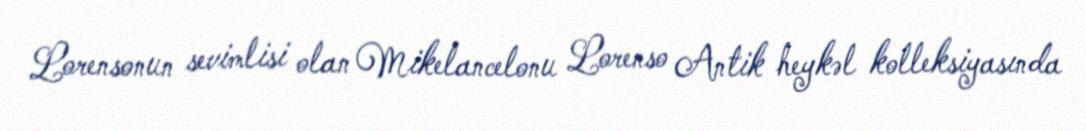
Lorensonun sevimlisi olan Mikelancelonu Lorenso Antik heykəl kolleksiyasında